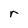
Character: r